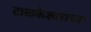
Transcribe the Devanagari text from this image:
टाळकेश्वराच्या